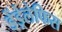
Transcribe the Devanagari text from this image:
डेंड्रेलेफिस